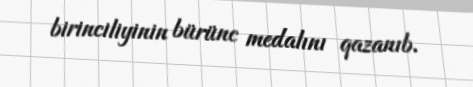
birinciliyinin bürünc medalını qazanıb.